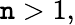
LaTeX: \mathtt{n}>1,